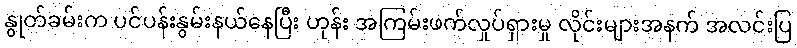
နွုတ်ခမ်းက ပင်ပန်းနွမ်းနယ်နေပြီး ဟုန်း အကြမ်းဖက်လှုပ်ရှားမှု လိုင်းများအနက် အလင်းပြ